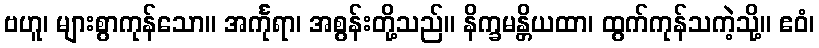
ဗဟူ၊ များစွာကုန်သော။ အင်္ကုရာ၊ အစွန်းတို့သည်။ နိက္ခမန္တိယထာ၊ ထွက်ကုန်သကဲ့သို့။ ဧဝံ၊